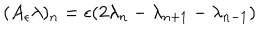
LaTeX: ( A _ { \epsilon } \lambda ) _ { n } = \epsilon ( 2 \lambda _ { n } - \lambda _ { n + 1 } - \lambda _ { n - 1 } )